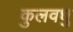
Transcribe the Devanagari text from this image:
कुलवधु